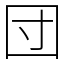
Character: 団